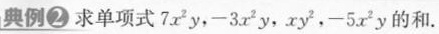
典例② 求单项式7x^{2}y，-3x^{2}y，xy^{2}，-5x^{2}y的和.